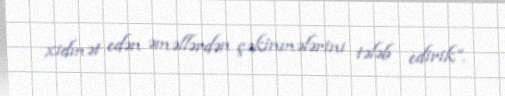
xidmət edən əməllərdən çəkinmələrini tələb edirik”.